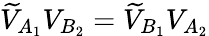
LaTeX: \widetilde{V}_{A_{1}}{V}_{B_{2}}=\widetilde{V}_{B_{1}}V_{A_{2}}